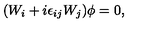
( W _ { i } + i \epsilon _ { i j } W _ { j } ) \phi = 0 ,